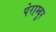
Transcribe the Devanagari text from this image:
पेराम्बुर